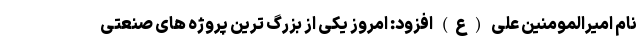
نام امیرالمومنین علی (ع) افزود: امروز یکی از بزرگ ترین پروژه های صنعتی